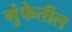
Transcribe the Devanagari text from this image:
गुंफेतील